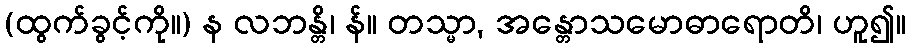
(ထွက်ခွင့်ကို။) န လဘန္တိ၊ န်။ တသ္မာ, အန္တောသမောဓာရောတိ၊ ဟူ၍။